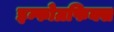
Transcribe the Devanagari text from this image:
इन्फोग्रफिक्स